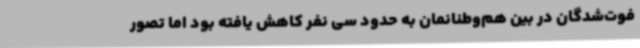
فوت‌شدگان در بین هم‌وطنانمان به حدود سی نفر کاهش یافته بود اما تصور